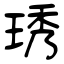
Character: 琇